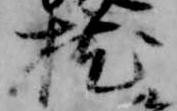
枕